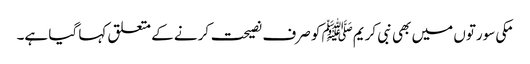
مکی سورتوں میں بھی نبی کریمﷺ کو صرف نصیحت کرنے کے متعلق کہا گیا ہے۔